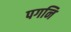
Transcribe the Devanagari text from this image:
पगनि